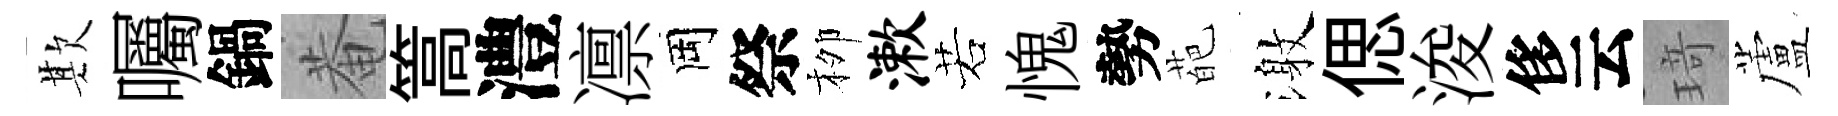
欺囑鍋菴篙澧凛岡祭栁漱若愧勢葩激偲浚侈云𤦺蘆